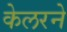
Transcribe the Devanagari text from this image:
केलरने